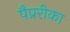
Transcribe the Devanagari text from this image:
पैप्ररीका